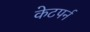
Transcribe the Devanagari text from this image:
केटपर्न